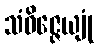
သံဝိဇ္ဇေယျုံ